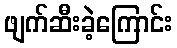
ဖျက်ဆီးခဲ့ကြောင်း